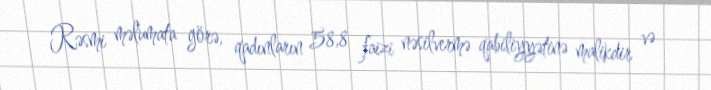
Rəsmi məlumata görə, qadınların 58,8 faizi nəsilvermə qabiliyyətinə malikdir və